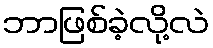
ဘာဖြစ်ခဲ့လို့လဲ